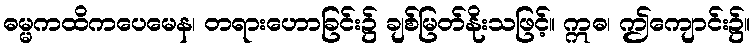
ဓမ္မကထိကပေမေန၊ တရားဟောခြင်း၌ ချစ်မြတ်နိုးသဖြင့်။ ဣဓ၊ ဤကျောင်း၌။